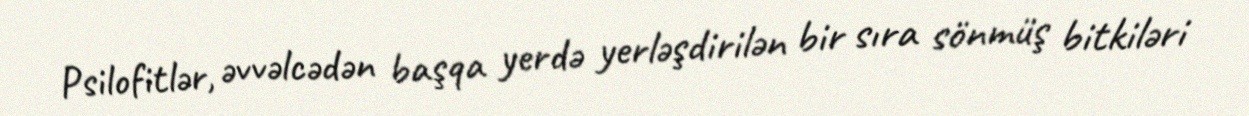
Psilofitlər, əvvəlcədən başqa yerdə yerləşdirilən bir sıra sönmüş bitkiləri